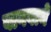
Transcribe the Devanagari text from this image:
वागवाने